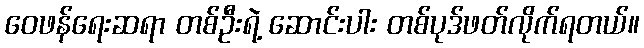
ဝေဖန်ရေးဆရာ တစ်ဦးရဲ့ ဆောင်းပါး တစ်ပုဒ်ဖတ်လိုက်ရတယ်။